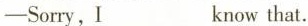
—Sorry,I ___ know that.